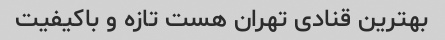
بهترین قنادی تهران هست تازه و باکیفیت